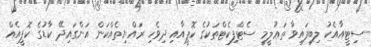
ސިޓީއާއެކު ލިބިފައިވާ ތަޢުލީމީ ސެޓްފިކެޓްތަކުގެ ކޮޕީއާއި ދިވެހި ރައްޔިތެއްކަން އަންގައިދޭ ކާޑުގެ ކޮޕީއެއް